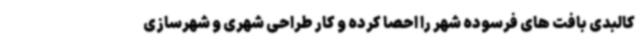
کالبدی بافت های فرسوده شهر را احصا کرده و کار طراحی شهری و شهرسازی